Indian journal of veterinary science and animal husbandry - Volume 1,
Year: 1931
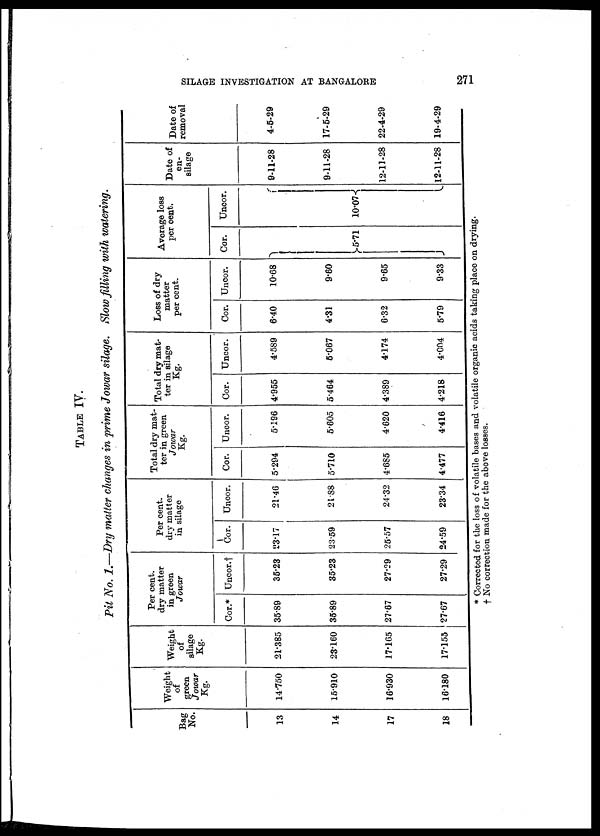
SILAGE INVESTIGATION AT BANGALORE
271
TABLE IV.
Pit No. 1.—Dry matter changes in prime Jowar silage. Slow filling with watering.
Bag
No.
13
14
17
18
Weight
of
green
Jowar
Kg.
14.750
15.910
16.930
16.180
Weight
of
silage
Kg.
21.385
23.160
17.165
17.155
Per cent.
dry matter
in green
Jowar
Cor.*
35.89
35.89
27.67
27.67
Uncor.†
35.23
35.23
27.29
27.29
Per cent.
dry matter
in silage
Cor.
23.17
23.59
25.57
24.59
Uncor.
21.46
21.88
24.32
23.34
Total dry mat-
ter in green
Jowar
Kg.
Cor.
5.294
5.710
4.685
4.477
Uncor.
5.196
5.605
4.620
4.416
Total dry mat-
ter in silage
Kg.
Cor.
4.955
5.464
4.389
4.218
Uncor.
4.589
5.067
4.174
4.004
Loss of dry
matter
per cent.
Cor.
6.40
4.31
6.32
5.79
Uncor.
10.68
9.60
9.65
9.33
Average loss
per cent.
Cor.
}5.71
Uncor.
10.07{
Date of
en-
silage
9-11-28
9-11-28
12-11-28
12-11-28
Date of
removal
4-5-29
17-5-29
22-4-29
19-4-29
* Corrected for the loss of volatile bases and volatile organic acids taking place on drying.
† No correction made for the above losses.